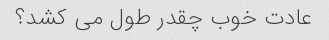
عادت خوب چقدر طول می کشد؟